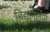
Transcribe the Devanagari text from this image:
विद्यानुलोम